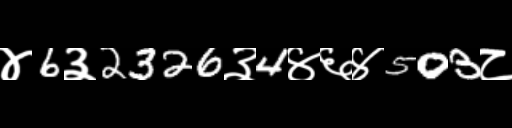
Text: ४6३2326३4४६४503८